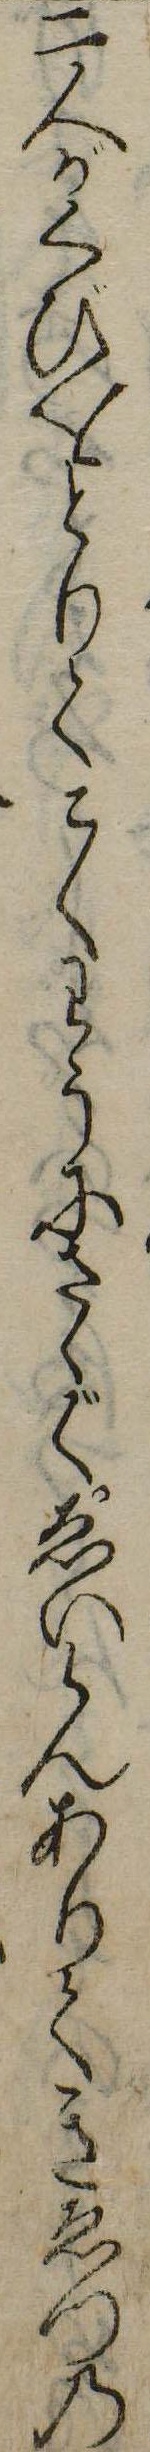
二人がくびをとりてこくわうにさゝぐゑいらんありてきゑつの